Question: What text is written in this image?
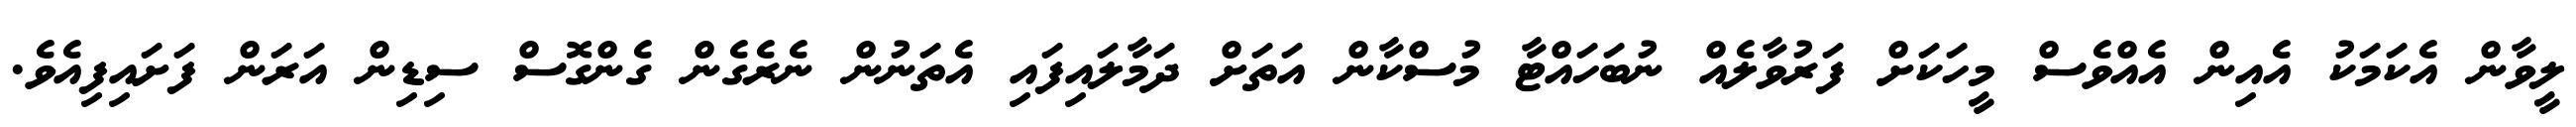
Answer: ލީވާން އެކަމަކު އެއިން އެއްވެސް މީހަކަށް ފަރުވާލެއް ނުބަހައްޓާ މުސްކާން އަތަށް ދަމާލައިފައި އެތަނުން ނެރެގެން ގެންގޮސް ސިޑިން އަރަން ފަށައިފިއެވެ.